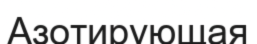
Азотирующая